Insane asylums in Bengal annual reports 1867-1875 - 1867-1875
Year: 1867
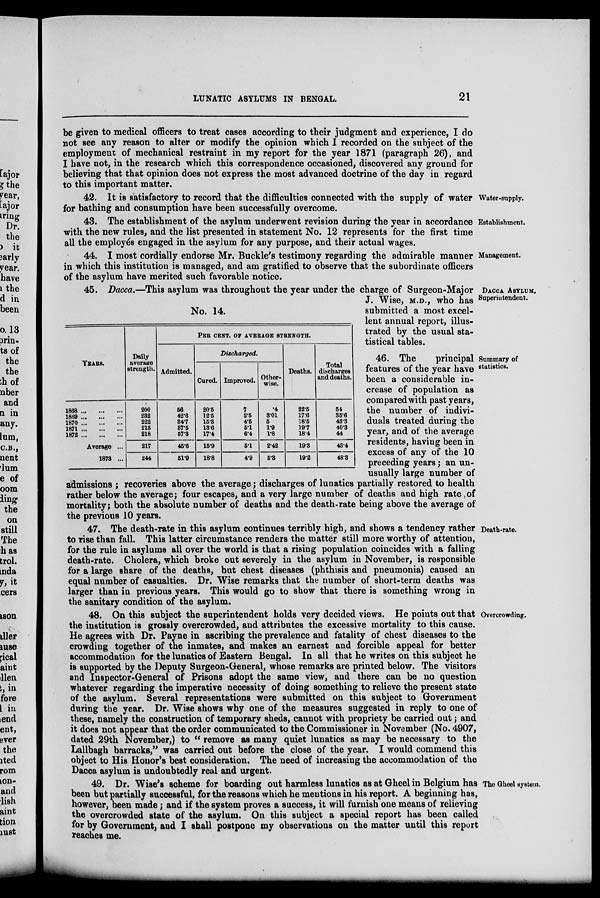
LUNATIC ASYLUMS IN BENGAL.
21
be given to medical officers to treat cases according to their judgment and experience, I do
not see any reason to alter or modify the opinion which I recorded on the subject of the
employment of mechanical restraint in my report for the year 1871 (paragraph 26), and
I have not, in the research which this correspondence occasioned, discovered any ground for
believing that that opinion does not express the most advanced doctrine of the day in regard
to this important matter.
Water-supply.
42. It is satisfactory to record that the difficulties connected with the supply of water
for bathing and consumption have been successfully overcome.
Establishment.
43. The establishment of the asylum underwent revision during the year in accordance
with the new rules, and the list presented in statement No. 12 represents for the first time
all the employés engaged in the asylum for any purpose, and their actual wages.
Management.
44. I most cordially endorse Mr. Buckle's testimony regarding the admirable manner
in which this institution is managed, and am gratified to observe that the subordinate officers
of the asylum have merited such favorable notice.
DACCA ASYLUM.
Superintendent.
No. 14.
YEARS.
1868 ... ... ...
1869 ... ... ...
1870 ... ... ...
1871 ... ... ...
1872 ... ... ...
Average ...
1873 ...
Daily
average
strength.
200
232
222
213
218
217
244
PER CENT. OF AVERAGE STRENGTH.
Admitted.
56
42.6
34.7
37.5
57.3
45.6
51.9
Discharged.
Cured.
20.5
12.5
15.3
13.6
17.4
15.9
18.8
Improved.
7
2.5
4.5
5.1
6.4
5.1
4.9
Other-
wise.
.4
3.01
5
1.9
1.8
2.42
5.3
Deaths.
22.5
17.6
18.5
19.7
18.4
19.3
19.2
Total
discharges
and deaths.
54
35.6
43.3
40.3
44
43.4
48.3
45. Dacca.—This asylum was throughout the year under the charge of Surgeon-Major
J. Wise, M.D., who has
submitted a most excel-
lent annual report, illus-
trated by the usual sta-
tistical tables.
Summary of
statistics.
46. The
principal
features of the year have
been a considerable in-
crease of population as
compared with past years,
the number of indivi-
duals treated during the
year, and of the average
residents, having been in
excess of any of the 10
preceding years; an un-
usually large number of
admissions ; recoveries above the average; discharges of lunatics partially restored to health
rather below the average; four escapes, and a very large number of deaths and high rate of
mortality; both the absolute number of deaths and the death-rate being above the average of
the previous 10 years.
Death-rate.
47. The death-rate in this asylum continues terribly high, and shows a tendency rather
to rise than fall. This latter circumstance renders the matter still more worthy of attention,
for the rule in asylums all over the world is that a rising population coincides with a falling
death-rate. Cholera, which broke out severely in the asylum in November, is responsible
for a large share of the deaths, but chest diseases (phthisis and pneumonia) caused an
equal number of casualties. Dr. Wise remarks that the number of short-term deaths was
larger than in previous years. This would go to show that there is something wrong in
the sanitary condition of the asylum.
Overcrowding.
48. On this subject the superintendent holds very decided views. He points out that
the institution is grossly overcrowded, and attributes the excessive mortality to this cause.
He agrees with Dr. Payne in ascribing the prevalence and fatality of chest diseases to the
crowding together of the inmates, and makes an earnest and forcible appeal for better
accommodation for the lunatics of Eastern Bengal. In all that he writes on this subject he
is supported by the Deputy Surgeon-General, whose remarks are printed below. The visitors
and Inspector-General of Prisons adopt the same view, and there can be no question
whatever regarding the imperative necessity of doing something to relieve the present state
of the asylum. Several representations were submitted on this subject to Government
during the year. Dr. Wise shows why one of the measures suggested in reply to one of
these, namely the construction of temporary sheds, cannot with propriety be carried out; and
it does not appear that the order communicated to the Commissioner in November (No. 4907,
dated 29th November,) to " remove as many quiet lunatics as may be necessary to the
Lallbagh barracks," was carried out before the close of the year. I would commend this
object to His Honor's best consideration. The need of increasing the accommodation of the
Dacca asylum is undoubtedly real and urgent.
The Gheel system.
49. Dr. Wise's scheme for boarding out harmless lunatics as at Gheel in Belgium has
been but partially successful, for the reasons which he mentions in his report. A beginning has,
however, been made; and if the system proves a success, it will furnish one means of relieving
the overcrowded state of the asylum. On this subject a special report has been called
for by Government, and I shall postpone my observations on the matter until this report
reaches me.